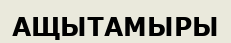
АЩЫТАМЫРЫ